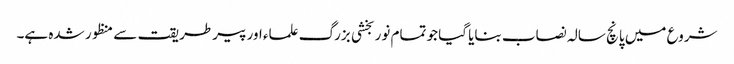
شروع میں پانچ سالہ نصاب بنایا گیا جو تمام نوربخشی بزرگ علماء اور پیرطریقت سے منظور شدہ ہے۔